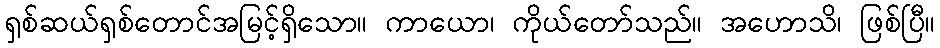
ရှစ်ဆယ်ရှစ်တောင်အမြင့်ရှိသော။ ကာယော၊ ကိုယ်တော်သည်။ အဟောသိ၊ ဖြစ်ပြီ။